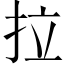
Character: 拉